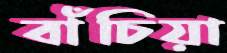
বাঁচিয়া